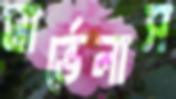
মার্ভেলাস